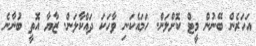
އަހަރެން ބޭނުން މީޓް ކޮށްލަން. ހަމައެކަނި ވާހަކަ ދައްކާލަން. ޒާޔާ އޮތީ ބުނާނެ